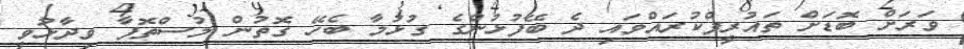
ވަރަށް ބޮޑަށް ތައުރީފްކުރައްވައި ދެ ބޭފުޅުންގެ ގުޅުމާ ބެހޭ ގޮތުން މުސްތޮފާ ވިދާޅުވީ